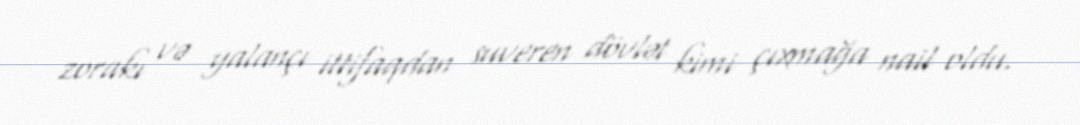
zorakı və yalançı ittifaqdan suveren dövlət kimi çıxmağa nail oldu.